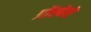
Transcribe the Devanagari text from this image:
प्रॉस्पेरो